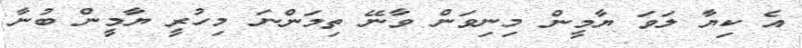
އެ ކިޔާ ލަވަ ޔާމީން މިނިވަން ވާނޭ ތިމަންނަ މިހުރީ ޔާމީން ބުނާ